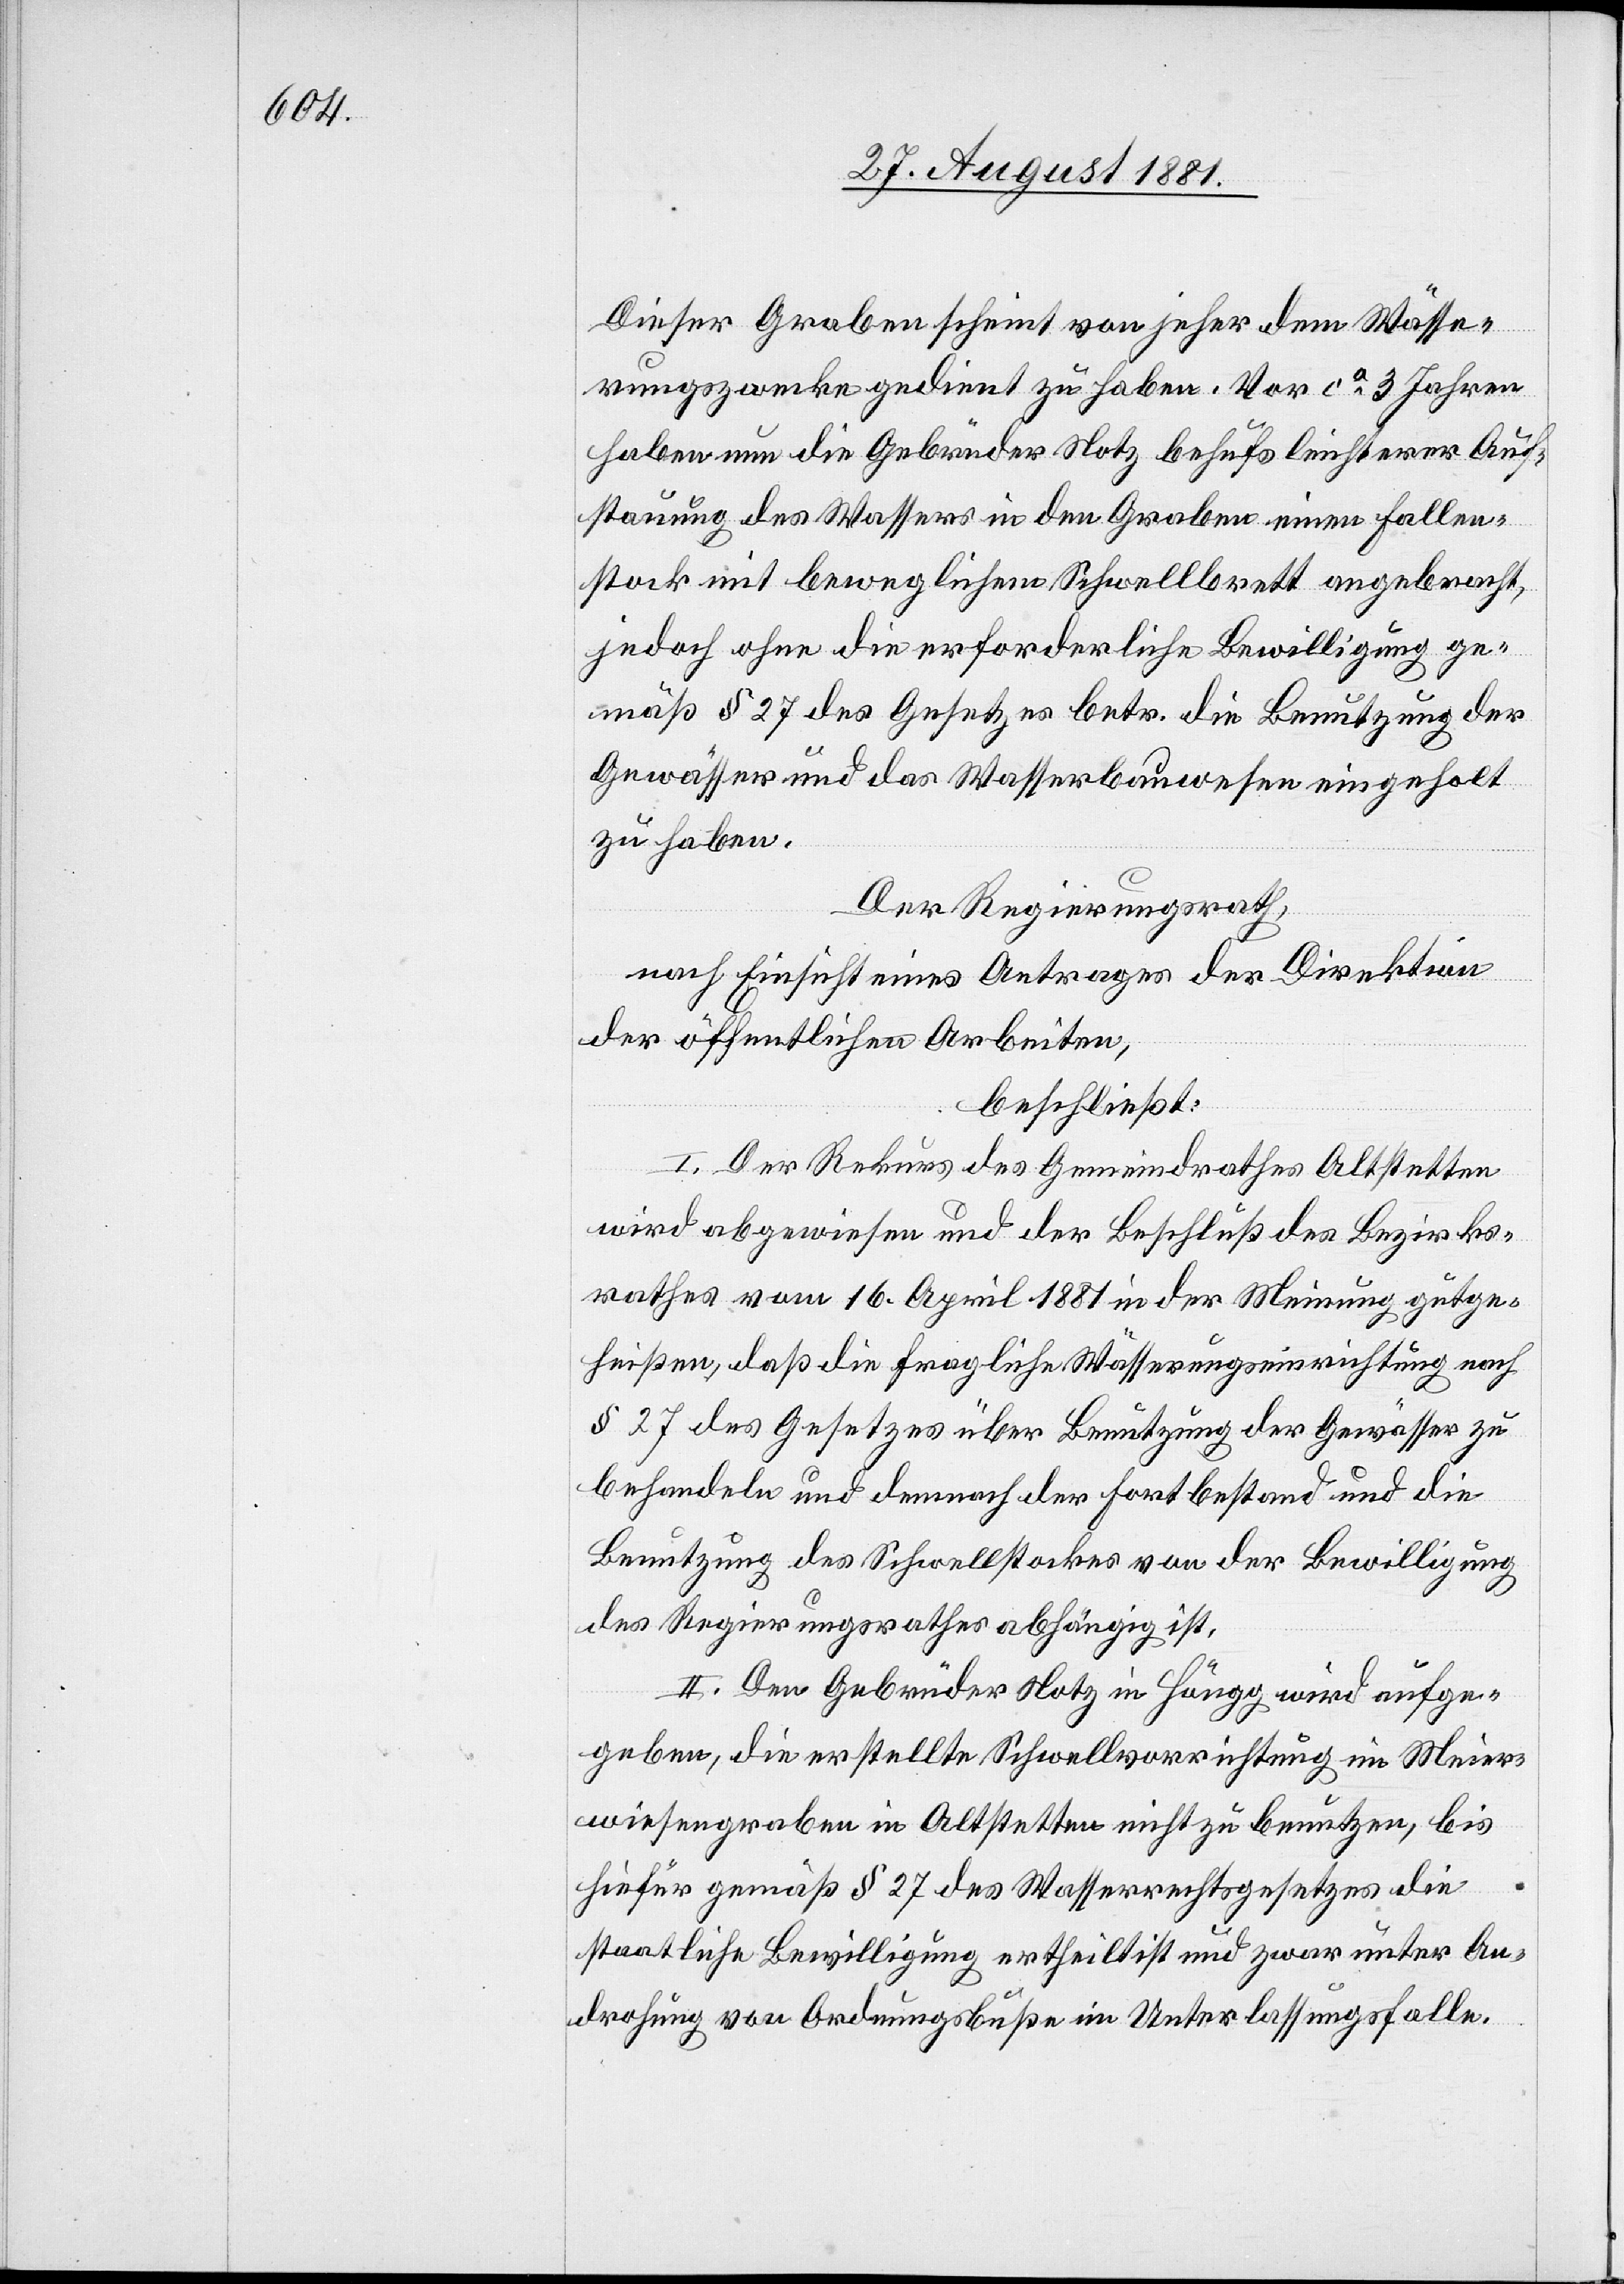
Dieser Graben scheint von jeher dem Wässe¬
rungszwecke gedient zu haben. Vor ca 3 Jahren
haben nun die Gebrüder Notz behufs leichterer Auf¬
stauung des Wassers in den Graben einen Fallen¬
stock mit beweglichem Schwellbrett angebracht,
jedoch ohne die erforderliche Bewilligung ge¬
mäß § 27 des Gesetzes betr. die Benutzung der
Gewässer und das Wasserbauwesen eingeholt
zu haben.
Der Regierungsrath,
nach Einsicht eines Antrages der Direktion
der öffentlichen Arbeiten,
beschließt:
I. Der Rekurs des Gemeindrathes Altstetten
wird abgewiesen und der Beschluss des Bezirks¬
rathes vom 16. April 1881 in der Meinung gutge¬
heißen, daß die fragliche Wässerungseinrichtung nach
§ 27 des Gesetzes über Benutzung der Gewässer zu
behandeln und demnach der Fortbestand und die
Benutzung des Schwellstockes von der Bewilligung
des Regierungsrathes abhängig ist.
II. Den Gebrüder Notz in Höngg wird aufge¬
geben, die erstellte Schwellvorrichtung im Meier¬
wiesengraben in Altstetten nicht zu benutzen, bis
hiefür gemäß § 27 des Wasserrechtsgesetzes die
staatliche Bewilligung ertheilt und zwar unter An¬
drohung von Ordnungsbußen im Unterlassungsfalle.